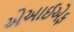
એઆઈએફ